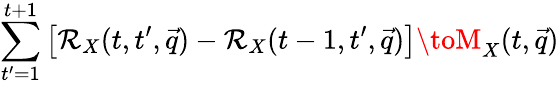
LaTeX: \sum_{t^{\prime}=1}^{t+1}\left[\mathcal{R}_{X}(t,t^{\prime},\vec{{q}})-\mathcal{R}_{X}(t-1,t^{\prime},\vec{{q}})\right]\toM_{X}(t,\vec{{q}})